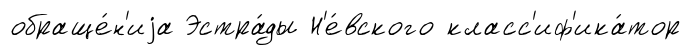
обраще́н'иjа Эстра́ды Н'е́вского класс'иф'ика́тор